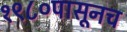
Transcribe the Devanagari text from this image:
१९८०पासूनच